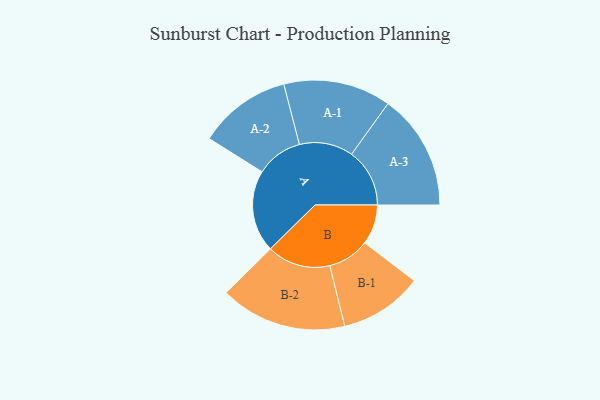
{"axis": {"x": "Segment", "y": "Value"}, "legend": ["", "A", "B"], "data": [{"x": "A", "y": 325, "type": ""}, {"x": "B", "y": 158, "type": ""}, {"x": "A-1", "y": 213, "type": "A"}, {"x": "A-2", "y": 184, "type": "A"}, {"x": "A-3", "y": 230, "type": "A"}, {"x": "B-1", "y": 165, "type": "B"}, {"x": "B-2", "y": 251, "type": "B"}]}